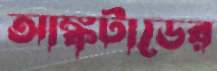
আঙ্কটাডের